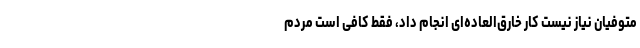
متوفیان نیاز نیست کار خارق‌العاده‌ای انجام داد، فقط کافی است مردم